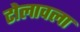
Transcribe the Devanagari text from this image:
टोलावला